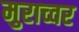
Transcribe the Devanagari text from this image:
मुराच्वर